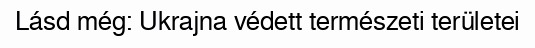
Lásd még: Ukrajna védett természeti területei